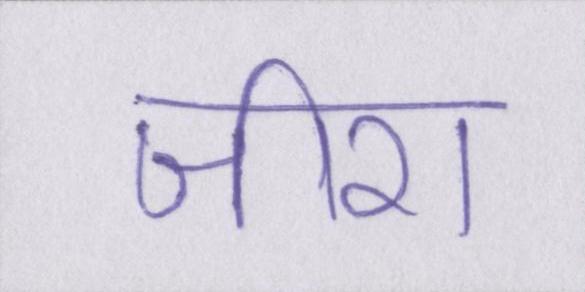
जीरा